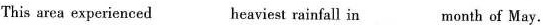
This area experienced heaviest rainfall in month of May.